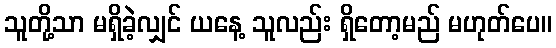
သူတို့သာ မရှိခဲ့လျှင် ယနေ့ သူလည်း ရှိတော့မည် မဟုတ်ပေ။